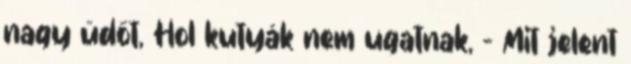
nagy üdőt, Hol kutyák nem ugatnak, - Mit jelent